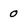
Character: 0